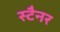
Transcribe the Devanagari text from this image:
स्टैनर